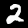
Label: 2